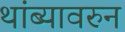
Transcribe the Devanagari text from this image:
थांब्यावरुन